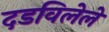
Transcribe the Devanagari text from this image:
दडविलेले